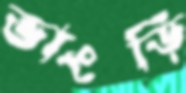
ভাংড়ি